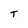
Character: T